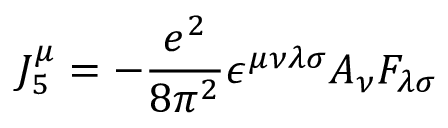
J _ { 5 } ^ { \mu } = - \frac { e ^ { 2 } } { 8 \pi ^ { 2 } } \epsilon ^ { \mu \nu \lambda \sigma } A _ { \nu } F _ { \lambda \sigma }